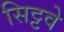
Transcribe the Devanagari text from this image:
सिट्टवे